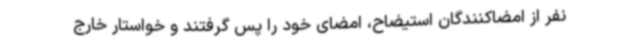
نفر از امضاکنندگان استیضاح، امضای خود را پس گرفتند و خواستار خارج